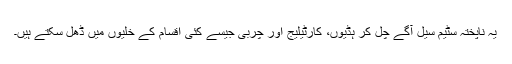
یہ ناپختہ سٹیم سیل آگے چل کر ہڈیوں، کارٹیلیج اور چربی جیسے کئی اقسام کے خلیوں میں ڈھل سکتے ہیں۔